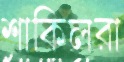
শাকিলরা